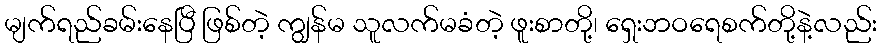
မျက်ရည်ခမ်းနေပြီ ဖြစ်တဲ့ ကျွန်မ သူလက်မခံတဲ့ ဖူးစာတို့၊ ရှေးဘဝရေစက်တို့နဲ့လည်း